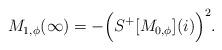
LaTeX: \begin{align*}M_{1,\phi}(\infty)=- \Big(S^+[M_{0,\phi}](i)\Big)^2.\end{align*}